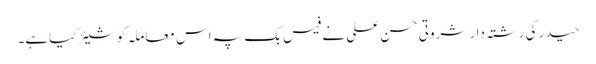
حیدر کی رشتہ دار شروتی حسن علی نے فیس بک پہ اس معاملہ کو شیئر کیاہے۔